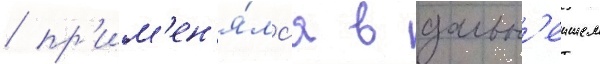
/ пр'им'ен'я́лс'я в дальн'еишем